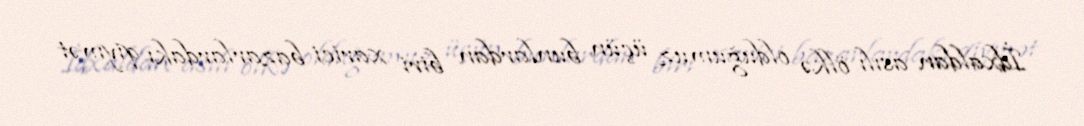
İdxaldan asılı ölkə olduğumuz üçün bunlardan biri xarici bazarlardakı qiymət